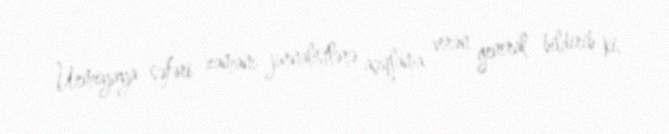
Urmiyaya səfəri zamanı jurnalistlərə açıqlama verən general bildirib ki,